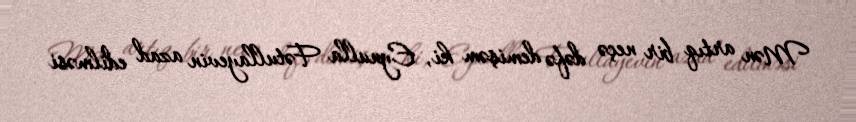
Mən artıq bir neçə dəfə demişəm ki, Eynulla Fətullayevin azad edilməsi